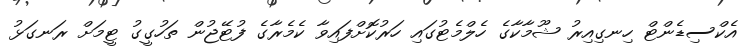
އެކްސިޑެންޓް ހިނގިއިރު ޝޫމާކާގެ ހެލްމެޓުގައި ހަރުކޮށްފައިވާ ކެމެރާގެ ފުޓޭޖުން ތަހުގީގު ޓީމަށް ރަނގަޅު